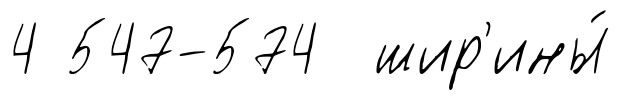
4 547-574 шир'ины́